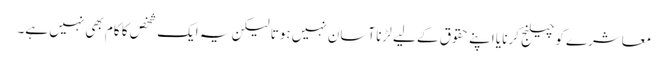
معاشرے کو چیلنج کرنا یا اپنے حقوق کے لیے لڑنا آسان نہیں ہوتا لیکن یہ ایک شخص کا کام بھی نہیں ہے۔